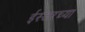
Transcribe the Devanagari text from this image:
ईस्टरच्या